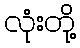
လုံးတို့